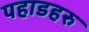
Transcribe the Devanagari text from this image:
पहाडहरु